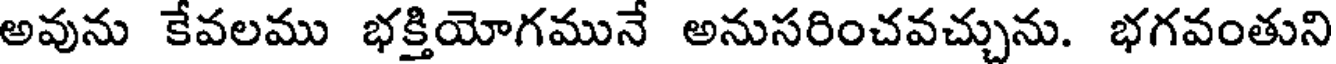
అవును కేవలము భక్తియోగమునే అనుసరించవచ్చును. భగవంతుని